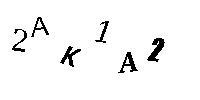
2AK1A2